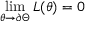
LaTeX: \operatorname* { l i m } _ { \theta \to \partial \Theta } L ( \theta ) = 0